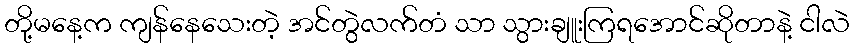
တို့မနေ့က ကျန်နေသေးတဲ့ အင်တွဲလက်တံ သာ သွားချူးကြရအောင်ဆိုတာနဲ့ ငါလဲ